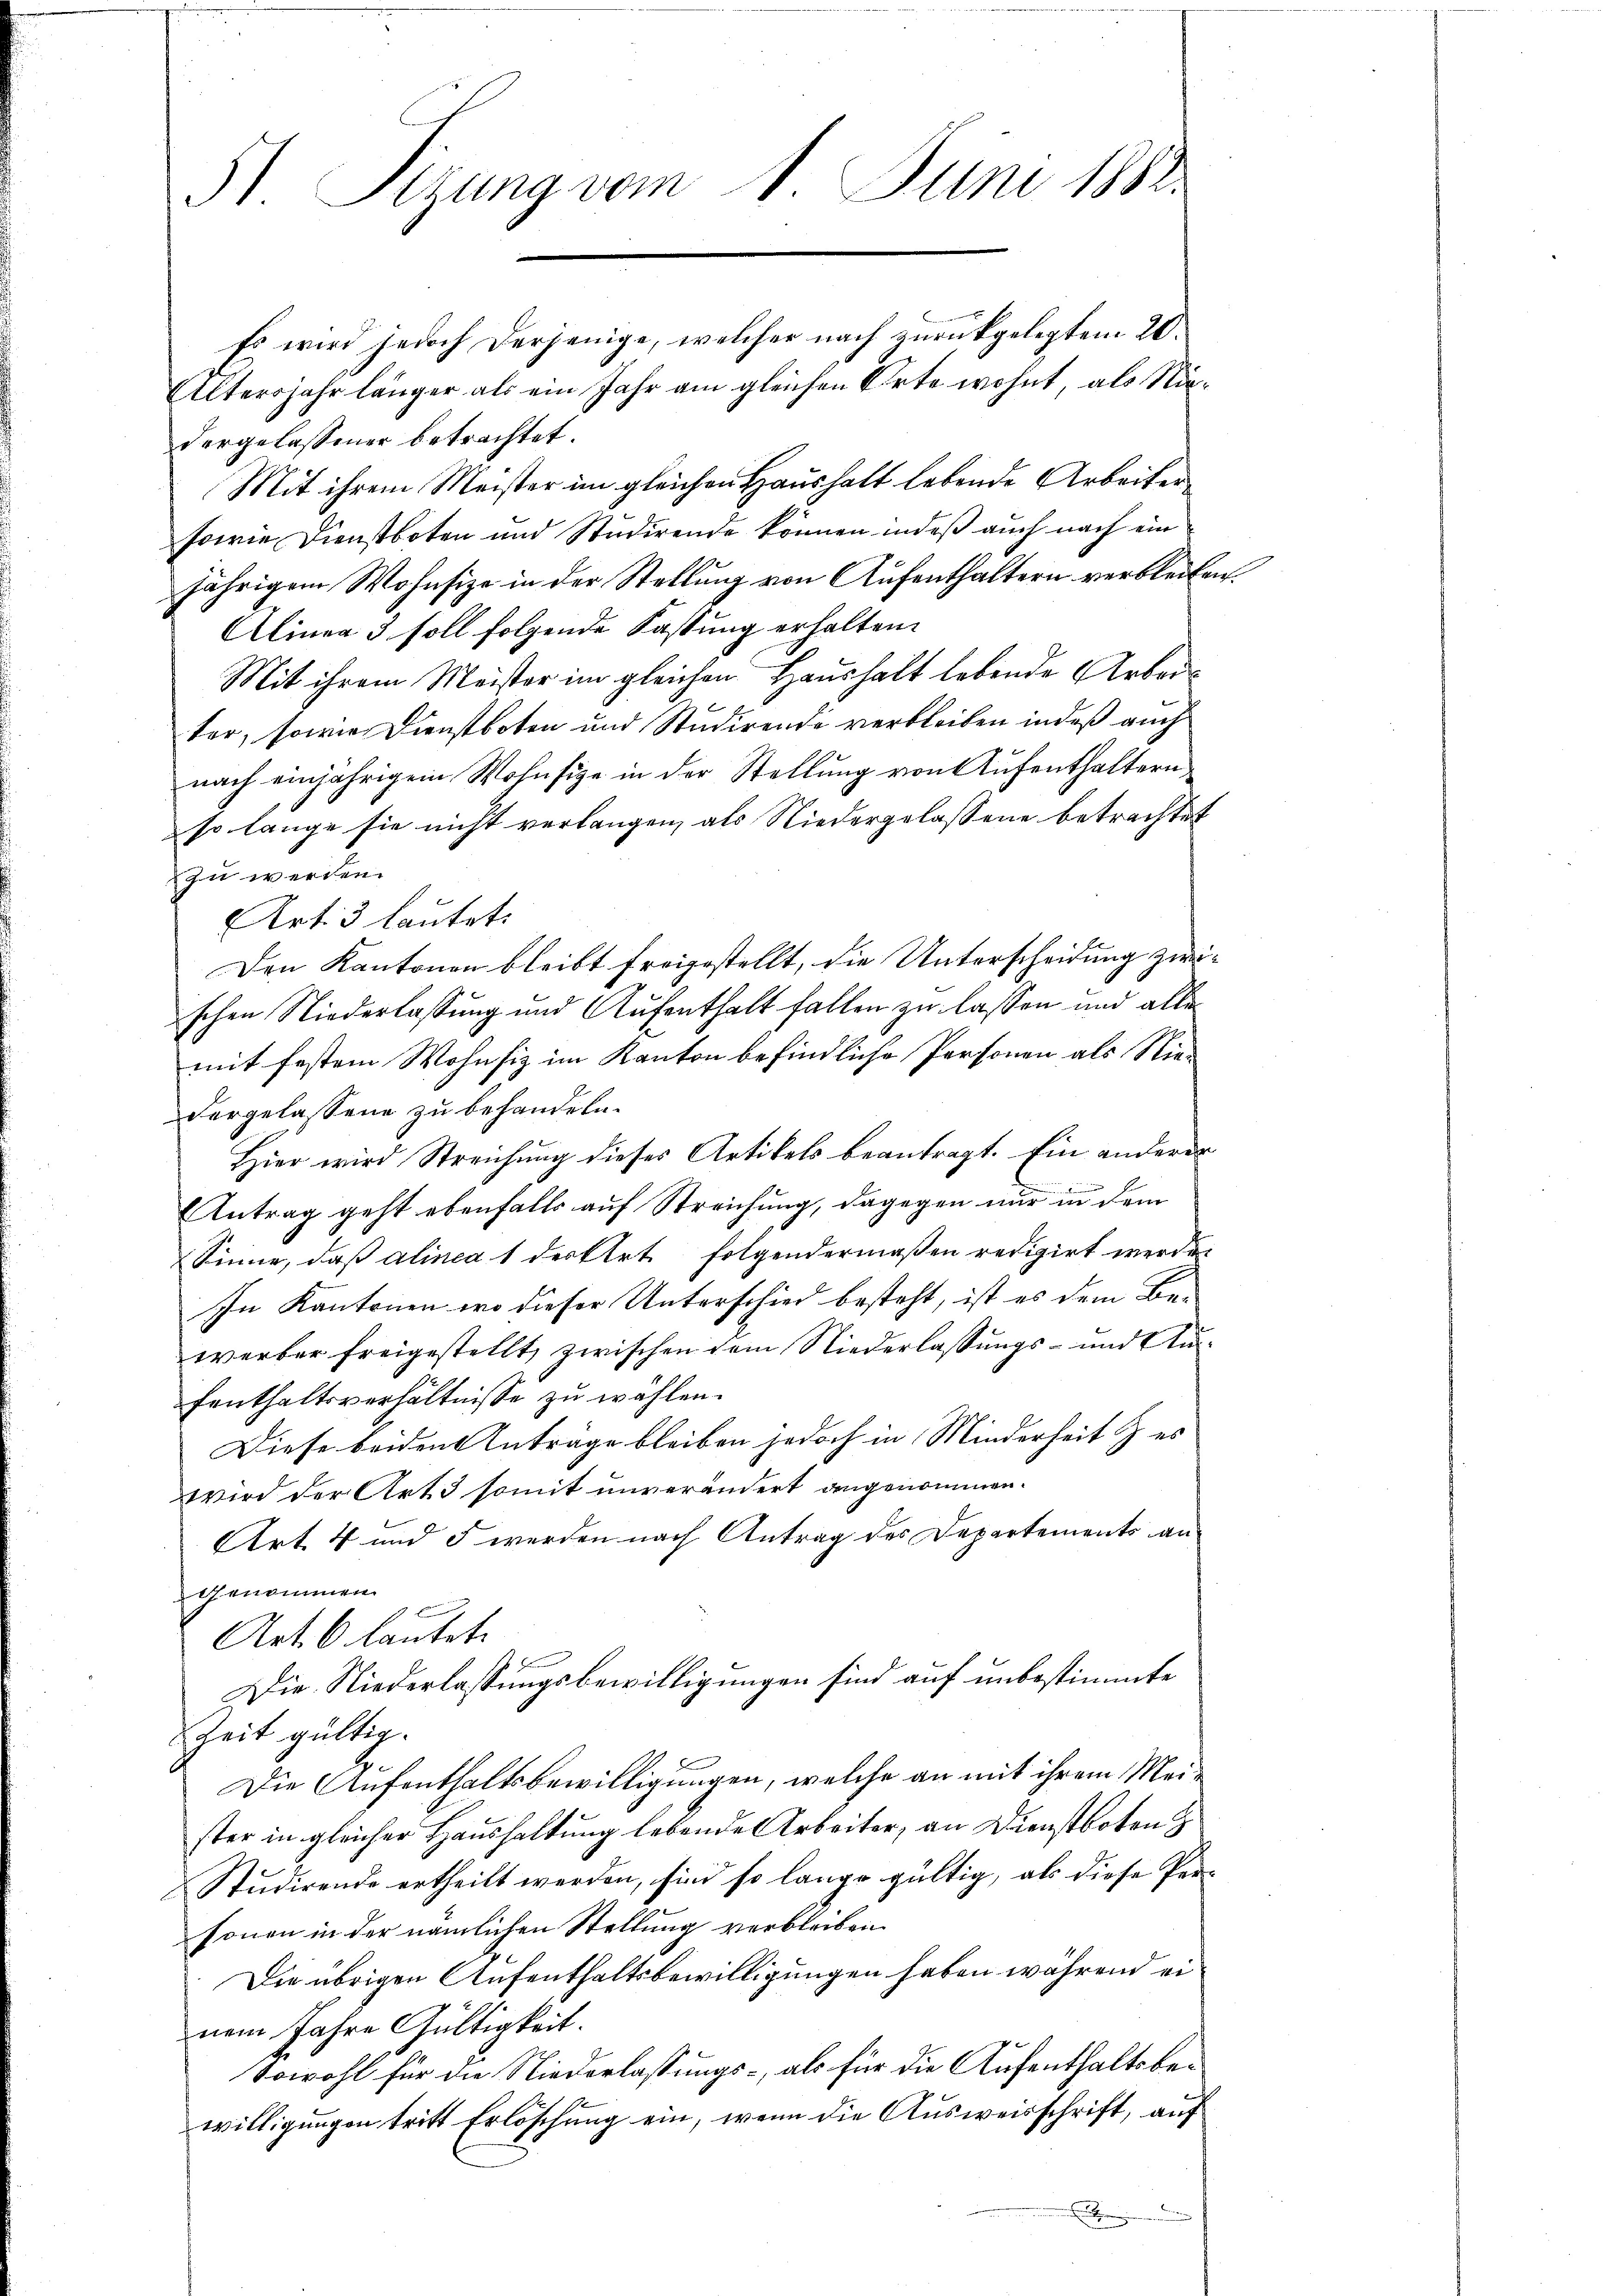
51. Sizung vom 1. Juni 1882.

Es wird jedoch derjenige, welcher nach zurückgelegtem 20.
Altersjahr länger als ein Jahr am gleichen Orte wohnt, als Nidergelassener betrachtet.
Mit ihrem Meister im gleichen Haushalt lebende Arbeiter¬
sowie Dienstboten und Studirende können indeß auch nach ein
jährigem Wohnsitze in der Stellung von Aufenthaltern verbleiben.
Alinea 3 soll folgende Fastung erhalten.
Mit ihrem Meister im gleichen Haushalt lebende Arbeiter, sowie Dienstboten und Studirende verbleiben indeß auch
nach einjährigem Wohnsige in der Stellung von Aufenthaltern
so lange sie nicht verlangen, als Niedergelassene betrachtet
zu werden.
Art. 3 lautet:
Den Kantonen bleibt freigestellt, die Unterscheidung zwischen Niederlassung und Aufenthalt fallen zu lassen und alle
mit festem Wohnsiz im Kanton befindliche Personen als Nie-
dergelassene zu behandeln.
Hier wird Streichung dieses Artikels beantragt. Ein anderer
E
Antrag geht ebenfalls auf Streichung, dagegen nur in dem
Sinne, daß alinea 1 der Art. folgendermaßen redigirt werde.
In Kantonen wo dieser Unterschied besteht, ist es dem Bewerber freigestellt, zwischen dem Niederlassungs- und Anfenthaltsverhältnisse zu wählen.
Diese beiden Anträge bleiben jedoch in Minderheit & es
wird der Art 3 somit unverändert angenommen.
Art. 4 und 5 werden nach Antrag des Departements an
genommen
f
Art. 6. lautete
Die Niederlassungsbewilligungen sind auf unbestimmte
Zeit gültig.
Die Aufenthaltsbewilligungen, welche an mit ihrem Meister in gleicher Haushaltung lebende Arbeiter, an Dienstboten
Studirende ertheilt werden, sind so lange gültig, als diese Per-
sonen in der nämlichen Stellung verbleiben
Die übrigen Aufenthaltsbewilligungen haben während ei
nem Jahre Gültigkeit.
Sowohl für die Niederlassungs- als für die Aufenthaltsbewilligungen tritt Erlöschung ein, wenn die Ausweisschrift, auf